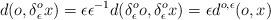
LaTeX: \begin{align*}d(o,\delta^o_\epsilon x) = \epsilon\epsilon^{-1}d(\delta^o_\epsilon o,\delta^o_\epsilon x) = \epsilon d^{o,\epsilon}(o,x)\end{align*}